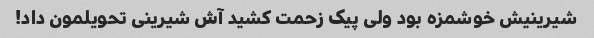
شیرینیش خوشمزه بود ولی پیک زحمت کشید آش شیرینی تحویلمون داد!